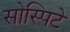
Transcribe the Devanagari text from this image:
सोस्पिटे